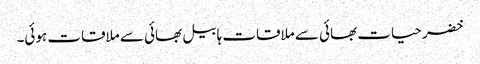
خضر حیات بھائی سے ملاقات ہابیل بھائی سے ملاقات ہوئی۔